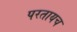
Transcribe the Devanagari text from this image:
परतायच